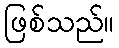
ဖြစ်သည်။